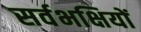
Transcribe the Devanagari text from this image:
सर्वभक्षियों